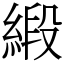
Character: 緞